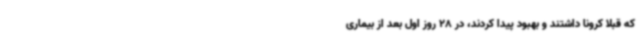
که قبلا کرونا داشتند و بهبود پیدا کردند، در 28 روز اول بعد از بیماری